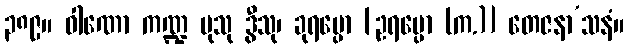
၃၈၉။ ဝါဏော ကဏ္ဍ မုသု ဒွီသု၊ ခုရပ္ပော [ဥရပ္ပော (က.)] တေဇနာ’သနံ။